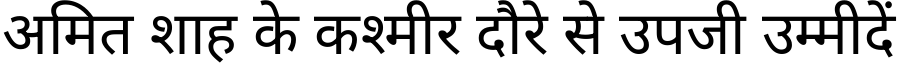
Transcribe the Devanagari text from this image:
अमित शाह के कश्मीर दौरे से उपजी उम्मीदें